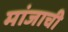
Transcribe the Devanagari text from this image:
मांजाची